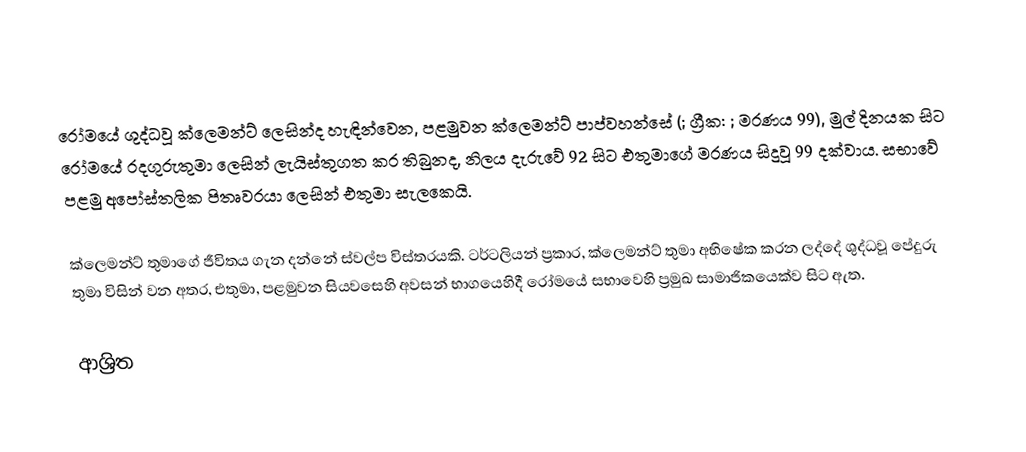
රෝමයේ ශුද්ධවූ ක්ලෙමන්ට් ලෙසින්ද හැඳින්වෙන, පළමුවන ක්ලෙමන්ට් පාප්වහන්සේ (; ග්‍රීක: ; මරණය 99), මුල් දිනයක සිට රෝමයේ රදගුරුතුමා ලෙසින් ලැයිස්තුගත කර තිබුනද, නිලය දැරුවේ 92 සිට එතුමාගේ මරණය සිදුවූ 99 දක්වාය.  සභාවේ පළමු අපෝස්තලික පිතෘවරයා ලෙසින් එතුමා සැලකෙයි.

ක්ලෙමන්ට් තුමාගේ ජීවිතය ගැන දන්නේ ස්වල්ප විස්තරයකි. ටර්ටලියන් ප්‍රකාර, ක්ලෙමන්ට්  තුමා අභිෂේක කරන ලද්දේ ශුද්ධවූ පේදුරු තුමා විසින් වන අතර, එතුමා,  පළමුවන සියවසෙහි අවසන් භාගයෙහිදී රෝමයේ සභාවෙහි ප්‍රමුඛ සාමාජිකයෙක්ව සිට ඇත.

ආශ්‍රිත